Civil Veterinary Dept. Bombay admin report 1907-1913 - 1907-1913
Year: 1907
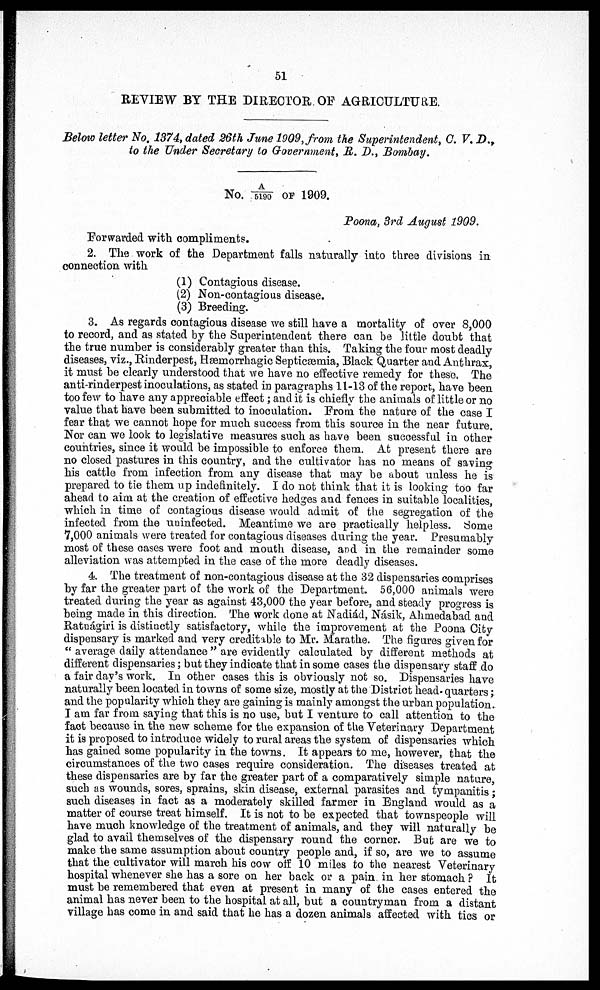
51
REVIEW BY THE DIRECTOR OF AGRICULTURE.
Below letter No. 1374, dated 26th June 1909, from the Superintendent, C. V. D.,
to the Under Secretary to Government, R. D., Bombay.
No. A/5190 OF 1909.
Poona, 3rd August 1909.
Forwarded with compliments.
2. The work of the Department falls naturally into three divisions in
connection with
(1) Contagious disease.
(2) Non-contagious disease.
(3) Breeding.
3. As regards contagious disease we still have a mortality of over 8,000
to record, and as stated by the Superintendent there can be little doubt that
the true number is considerably greater than this. Taking the four most deadly
diseases, viz., Rinderpest, Hæmorrhagic Septicæmia, Black Quarter and Anthrax,
it must he clearly understood that we have no effective remedy for these. The
anti-rinderpest inoculations, as stated in paragraphs 11-13 of the report, have been
too few to have any appreciable effect; and it is chiefly the animals of little or no
value that have been submitted to inoculation. From the nature of the case I
fear that we cannot hope for much success from this source in the near future.
Nor can we look to legislative measures such as have been successful in other
countries, since it would be impossible to enforce them. At present there are
no closed pastures in this country, and the cultivator has no means of saving
his cattle from infection from any disease that may be about unless he is
prepared to tie them up indefinitely. I do not think that it is looking too far
ahead to aim at the creation of effective hedges and fences in suitable localities,
which in time of contagious disease would admit of the segregation of the
infected from the uninfected. Meantime we are practically helpless. Some
7,000 animals were treated for contagious diseases during the year. Presumably
most of these cases were foot and mouth disease, and in the remainder some
alleviation was attempted in the case of the more deadly diseases.
4. The treatment of non-contagious disease at the 32 dispensaries comprises
by far the greater part of the work of the Department. 56,000 animals were
treated during the year as against 43,000 the year before, and steady progress is
being made in this direction. The work done at Nadiád, Násik, Ahmedabad and
Ratnágiri is distinctly satisfactory, while the improvement at the Poona City
dispensary is marked and very creditable to Mr. Marathe. The figures given for
" average daily attendance " are evidently calculated by different methods at
different dispensaries; but they indicate that in some cases the dispensary staff do
a fair day's work. In other cases this is obviously not so. Dispensaries have
naturally been located in towns of some size, mostly at the District head-quarters;
and the popularity which they are gaining is mainly amongst the urban population.
I am far from saying that this is no use, but I venture to call attention to the
fact because in the new scheme for the expansion of the Veterinary Department
it is proposed to introduce widely to rural areas the system of dispensaries which
has gained some popularity in the towns. It appears to me, however, that the
circumstances of the two cases require consideration. The diseases treated at
these dispensaries are by far the greater part of a comparatively simple nature,
such as wounds, sores, sprains, skin disease, external parasites and tympanitis;
such diseases in fact as a moderately skilled farmer in England would as a
matter of course treat himself. It is not to be expected that townspeople will
have much knowledge of the treatment of animals, and they will naturally be
glad to avail themselves of the dispensary round the corner. But are we to
make the same assumption about country people and, if so, are we to assume
that the cultivator will march his cow off 10 miles to the nearest Veterinary
hospital whenever she has a sore on her back or a pain in her stomach ? It
must be remembered that even at present in many of the cases entered the
animal has never been to the hospital at all, but a countryman from a distant
village has come in and said that he has a dozen animals affected with tics or